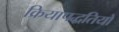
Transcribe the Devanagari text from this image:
क्रियापद्धतियों